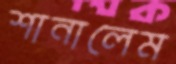
শানালেম